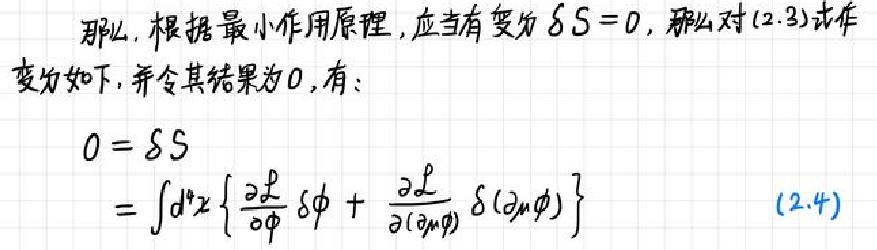
那么，根据最小作用原理，应当有变分\(\delta S = 0\)，那么对\((2.3)\)式作变分如下，并令其结果为\(0\)，有：

\[
0=\delta S=\int d^{4}x\left\{\frac{\partial \mathcal{L}}{\partial \phi} \delta \phi+\frac{\partial \mathcal{L}}{\partial(\partial_{\mu} \phi)} \delta\left(\partial_{\mu} \phi\right)\right\}\quad(2.4)
\]